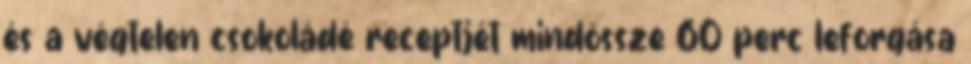
és a végtelen csokoládé receptjét mindössze 60 perc leforgása